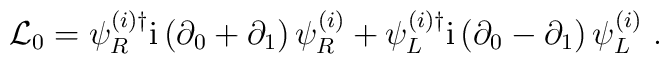
{\cal L}_0 = \psi_R^{(i)\dagger} {\rm i}\left( \partial_0 + \partial_1\right) \psi_R^{(i)} + \psi_L^{(i)\dagger} {\rm i}\left( \partial_0 - \partial_1\right) \psi_L^{(i)} \ .